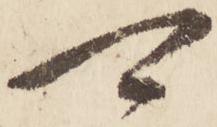
可